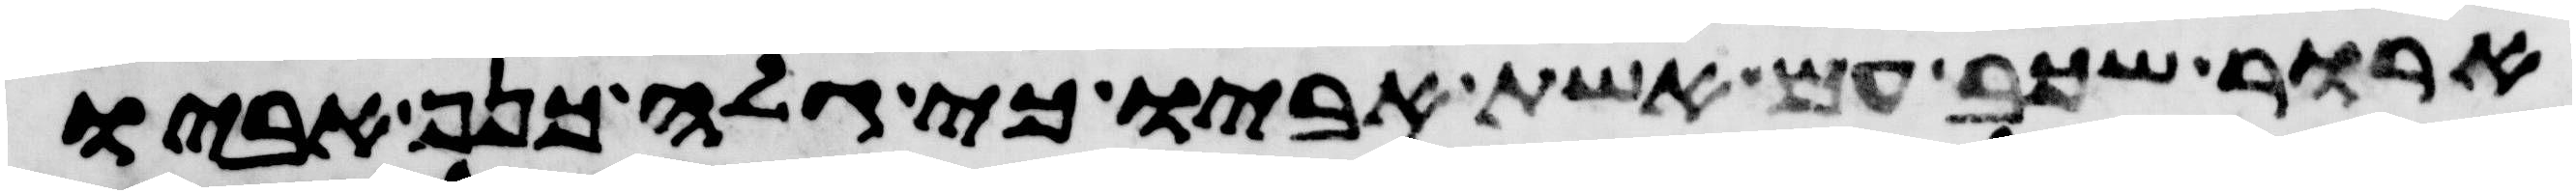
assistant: ארור שכב עם אשת אביו כי גלה כנף אביו